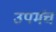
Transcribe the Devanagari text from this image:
उपमंच